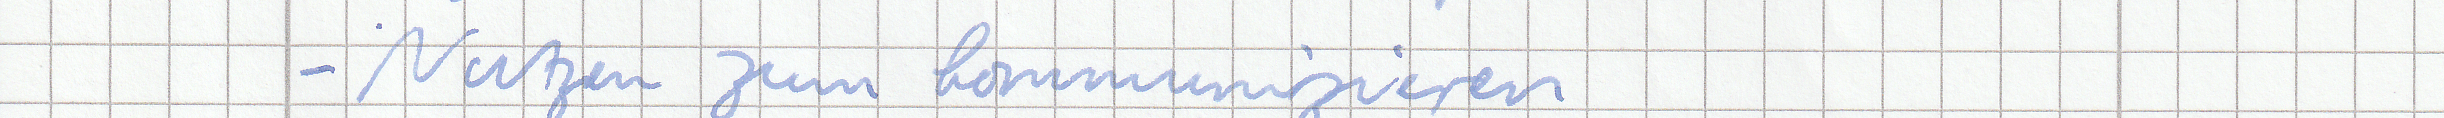
- Nutzen zum kommunizieren